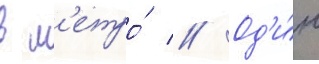
в м'етро́ // Од'и́н